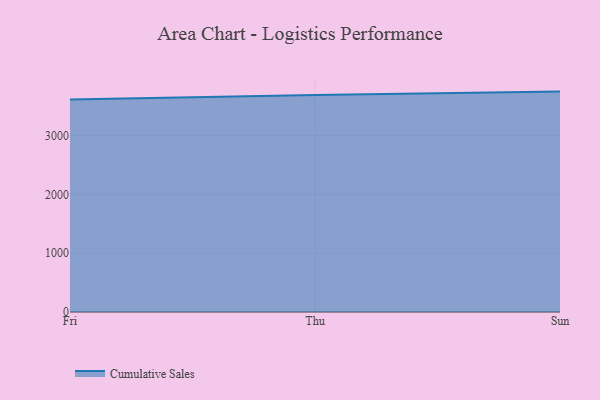
{"axis": {"x": "Day", "y": "Page Views"}, "legend": ["Cumulative Sales"], "data": [{"x": "Fri", "y": 3612.4, "type": "Cumulative Sales"}, {"x": "Thu", "y": 3687.3, "type": "Cumulative Sales"}, {"x": "Sun", "y": 3747.1, "type": "Cumulative Sales"}]}